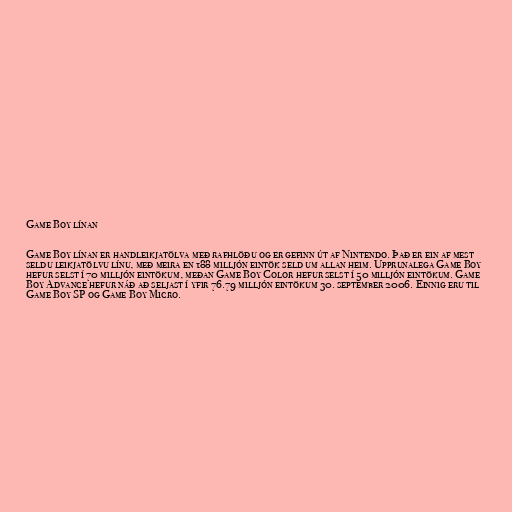
Game Boy línan

Game Boy línan er handleikjatölva með rafhlöðu og er gefinn út af Nintendo. Það er ein af mest
seldu leikjatölvu línu, með meira en 188 milljón eintök seld um allan heim. Upprunalega Game Boy
hefur selst í 70 milljón eintökum, meðan Game Boy Color hefur selst í 50 milljón eintökum. Game
Boy Advance hefur náð að seljast í yfir 76.79 milljón eintökum 30. september 2006. Einnig eru til
Game Boy SP og Game Boy Micro.